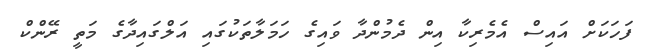
ފަހަކަށް އައިސް އެމެރިކާ އިން ދެމުންދާ ވައިގެ ހަމަލާތަކުގައި އަލްގައިދާގެ މަތީ ރޭންކް